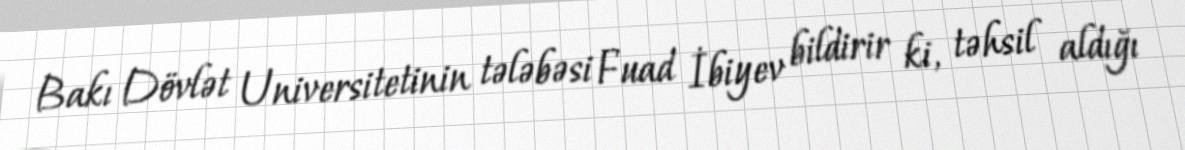
Bakı Dövlət Universitetinin tələbəsi Fuad İbiyev bildirir ki, təhsil aldığı